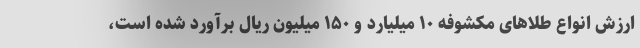
ارزش انواع طلاهای مکشوفه ۱۰ میلیارد و ۱۵۰ میلیون ریال برآورد شده است،